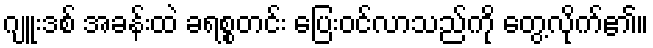
ဂျူးဒစ် အခန်းထဲ ခရစ္စတင်း ပြေးဝင်လာသည်ကို တွေ့လိုက်၏။